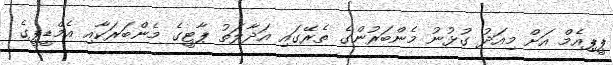
ޕީޕިއެމް އަށް މިއަދު ގުޅުނު މެންބަރުންގެ ތެރޭގައި އަދާލަތު ޕާޓީގެ މެންބަރަކާއި އެމްޑީޕީގެ